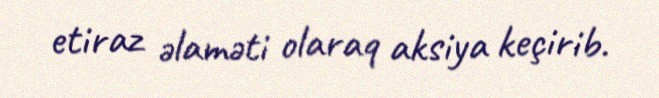
etiraz əlaməti olaraq aksiya keçirib.